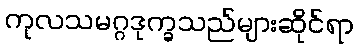
ကုလသမဂ္ဂဒုက္ခသည်များဆိုင်ရာ